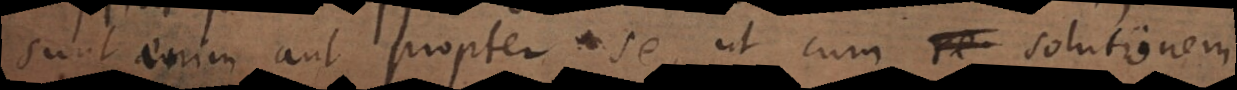
sunt enim aut propter se, ut cum re solutionem